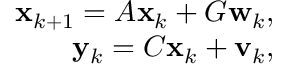
\begin{array} { r } { \mathbf { x } _ { k + 1 } = A \mathbf { x } _ { k } + G \mathbf { w } _ { k } , } \\ { \mathbf { y } _ { k } = C \mathbf { x } _ { k } + \mathbf { v } _ { k } , } \end{array}